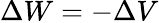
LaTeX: \Delta W=-\Delta V